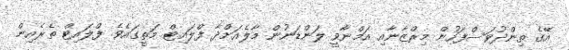
އޭގެ ތިންދުވަސްފަހުން މިރްޒާނާއި އަމްނާވީ ލަންޑަނުން މާލެއަށްދާ ފްލައިޓް މަތީގައެވެ. ފްލައިޓް ތެރެއިން